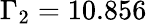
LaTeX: \Gamma_{2}=10.856